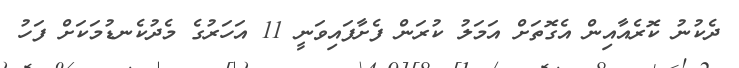
ދެކުނު ކޮރެއާއިން އެގޮތަށް އަމަލު ކުރަން ފެށާފައިވަނީ 11 އަހަރުގެ މެދުކެނޑުމަކަށް ފަހު